Medical and sanitary report of the native army of Bengal for the year
Year: 1875
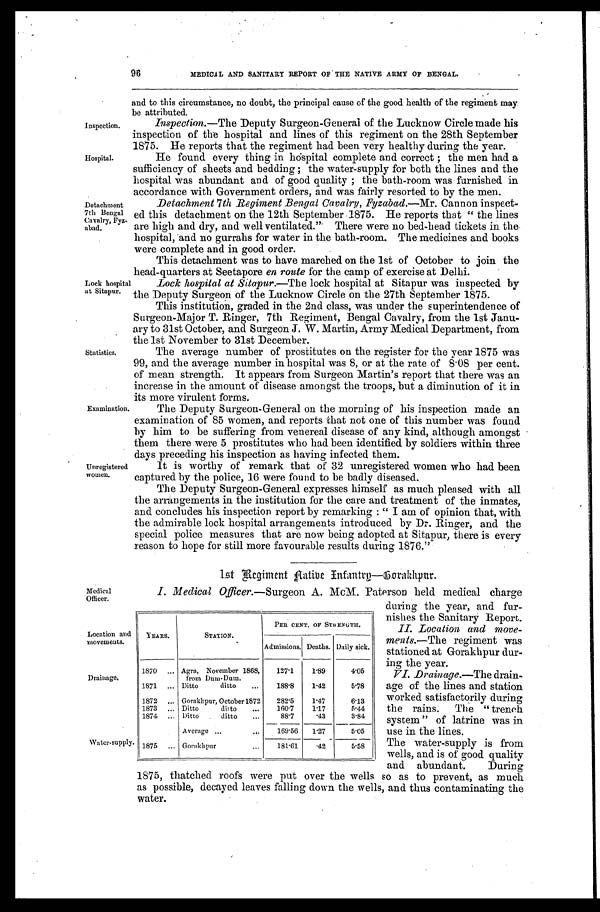
Medical
Officer.
Location and
movements.
Drainage.
Water-supply
II. Location and move-
ments.— The regiment was
stationed at Gorakhpur dur-
ing the year.
VI. Drainage.—The drain-
-age of the lines and station
worked satisfactorily during
the rains. The "trench
system" of latrine was in
use in the lines.
96
MEDICAL AND SANITARY REPORT OF THE NATIVE ARMY OF BENGAL.
inspection.
Hospital.
Detachment
7th Bengal
Cavalry, Fyz
- a b a d .
and to this circumstance, no doubt, the principal cause of the good health of the regiment may
be attributed.
Inspection.— The Deputy Surgeon-General of the Lucknow Circle made his
inspection of the hospital and lines of this regiment on the 28th September
1875. He reports that the regiment had been very healthy during the year.
He found every thing in hospital complete and correct; the men had a
sufficiency of sheets and bedding; the water-supply for both the lines and the
hospital was abundant and of good quality; the bath-room was furnished in
accordance with Government orders, and was fairly resorted to by the men.
Detachment 7th Regiment Bengal Cavalry, Fyzabad.— Mr.Cannon inspect
-ed this detachment on the 12th September 1875. He reports that " the lines
are high and dry, and well ventilated." There were no bed-head tickets in the
hospital, and no gurrahs for water in the bath-room, The medicines and books
were complete and in good order.
Lock hospital
at Sitapur.
This detachment was to have marched on the 1st of October to join the
head-quarters at Seetapore en route for the camp of exercise at Delhi.
Lock hospital al Sitapur.—The lock hospital at Sitapur was inspected by
the Deputy Surgeon of the Lucknow Circle on the 27th September 1875.
Statistics.
This institution, graded in the 2nd class, was under the superintendence of
Surgeon-Major T. Ringer, 7th Regiment, Bengal Cavalry, from the 1st Janu-
ary to 31st October, and Surgeon J. W . Martin, Army Medical Department, from
the 1st November to 31st December.
The average number of prostitutes on the register for the year 1875 was
99, and the average number in hospital was 8, or at the rate of 8.08 per cent.
of mean strength. It appears from Surgeon Martin's report that there was an
increase in the amount of disease amongst the troops, but a diminution of it in
its more virulent forms.
Examination.
Unregistered
women.
The Deputy Surgeon-General on the morning of his inspection made an
examination of 85 women, and reports that not one of this number was found
by him to be suffering from venereal disease of any kind, although amongst
them there were 5 prostitutes who had been identified by soldiers within three
days preceding his inspection as having infected them.
It is worthy of remark that of 32 unregistered women who had been
captured by the police, 16 were found to be badly diseased.
The Deputy Surgeon-General expresses himself as much pleased with all
the arrangements in the institution for the care and treatment of the inmates,
and concludes his inspection report by remarking: " I am of opinion that, with
the admirable lock hospital arrangements introduced by Dr. Ringer, and the
special police measures that are now being adopted at Sitapur, there is every
reason to hope for still more favourable results during 1876."
lst Regiment Aatibe Infantry—Gorakhpur.
I. Medical Officer.—Surgeon A. McM. Paterson held medical charge
during the year, and fur
-nishes the Sanitary Report.
YEARS.
STATION.
PER CENT. OF STRENGTH.
Daily sick.
Admissions. Deaths.
1870 . . .
Agra, November 1868,
from Dum-D um.
127.1
1.89
4.05
1871 . . .
Ditto ditto . . .
188.8
1.42
5.78
1872 . . .
Gorakhpur, October 1872
282.5
1.47
6.13
1873 . . .
Ditto ditto . . .
160.7
1.17
5.44
1874 . . .
Ditto ditto . . .
88.7
.43
3.84
Average . . .
169.56
1.27
5.05
1875 . . .
Gorakhpur . . .
181.61
.42
5.58
The water-supply is from
wells, and is of good quality
and abundant. Durin
as possible, decayed leaves falling down the wells, and thus contaminating the
water.